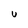
Character: U